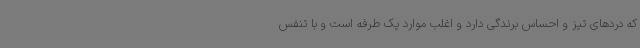
که دردهای تیز و احساس برندگی دارد و اغلب موارد یک طرفه است و با تنفس